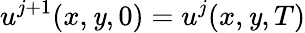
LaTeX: u^{j+1}(x,\mathit{y},0)=u^{j}(x,\mathit{y},T)